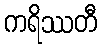
ကရိဿတီ